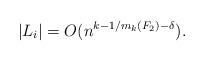
LaTeX: \begin{align*} |L_i| = O(n^{k - 1/m_k(F_2) - \delta}).\end{align*}